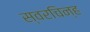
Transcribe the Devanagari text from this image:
स्वरचिन्ह